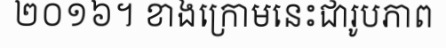
២០១៦។ ខាងក្រោមនេះជារូបភាព